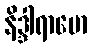
နိဒ္ဒါရာမော